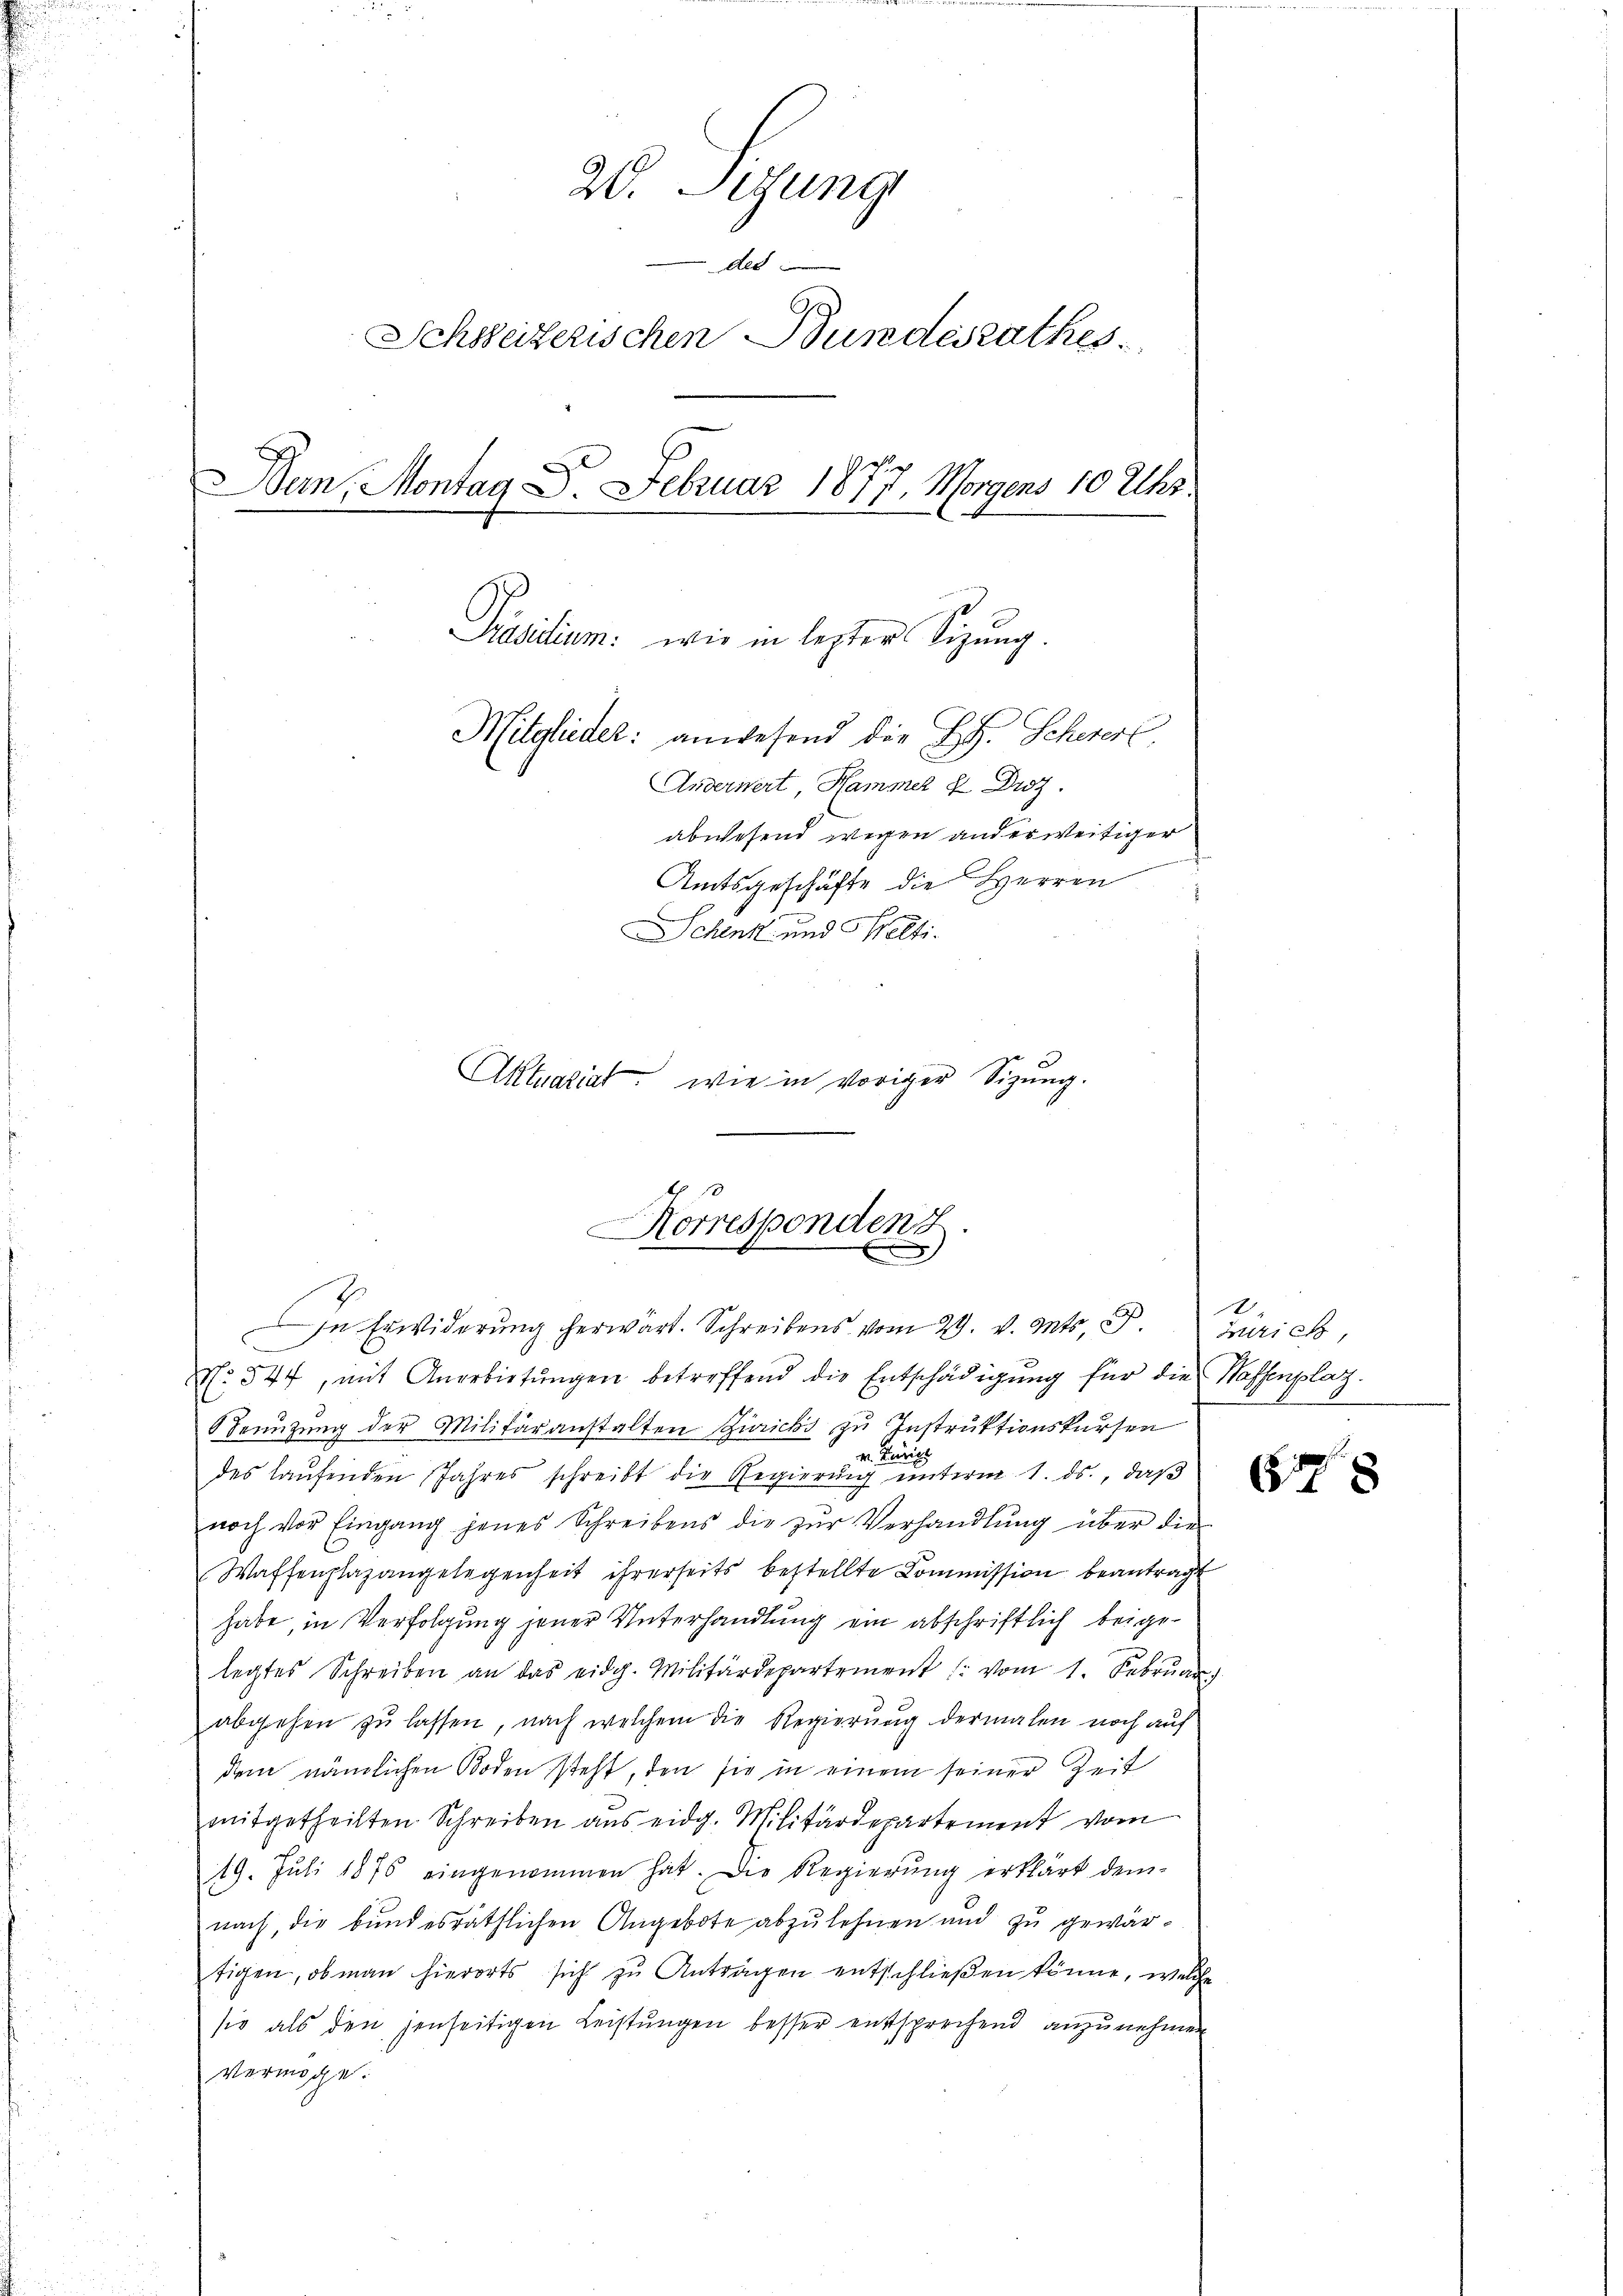
20. Sizung
ded
Schweizerischen Bundesrathes
Den Montag 8. Februar 1877. Morgens 10 Uhr.
Präsidium: wie in lezter Sitzung.
Mitglieder: anwesend die H.H. Schererl
Anderwert, Hammer & Droz.
abwesend wegen anderweitiger
Amtsgeschäfte die Herren
Schenk und Selti.
Aktuariat wie in voriger Sizŭng.

Korrespondenz.
E
In Erwiderŭng herwärt. Schreibens vom 29. v. Mts. J. Zürich,

No. 544, mit Anerbietŭngen betreffend die Entschädigŭng für die Waffenplaz
enüzung der Militäranstalten Zuricki zu Instruktionskursen
v. Zürich
des laŭfenden Jahres schreibt die Regierŭng ŭnterm 1. ds., daβ
noch vor Eingang jenes Schreibens die zŭr Verhandlŭng über die
Waffenplazangelegenheit ihrerseits bestellte Commission beantragt
habe, in Verfolgung jener Unterhandlung ein abschriftlich beigelegtes Schreiben an das eidg. Militärdepartement (: vom 1. Febrŭar
abgehen zu lassen, nach welchem die Regierung dermalen noch auf
dem nämlichen Boden steht, den sie in einem seiner Zeit
mitgetheilten Schreiben aus eidg. Militärdepartement vom
19. Jŭli 1876 eingenommen hat. Die Regierŭng erklärt dem-
nach, die bundesräthlichen Angebote abzulehnen und zu gewärtigen, ob man hierorts sich zu Antragen entschließen könne, welche
sie als den jenseitigen Leistungen besser entsprechend anzunehmen
Vermöge.

678